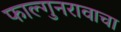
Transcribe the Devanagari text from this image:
फाल्गुनरावाचा